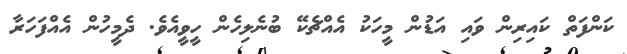
ކަންފަތް ކައިރިން ވައި އަޑުން މީހަކު އެއްޗެކޭ ބުނެލިހެން ހީވީއެވެ. ދެމީހުން އެއްފަހަރާ